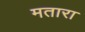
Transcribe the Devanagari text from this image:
मतारा